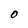
Character: O